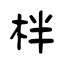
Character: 柈